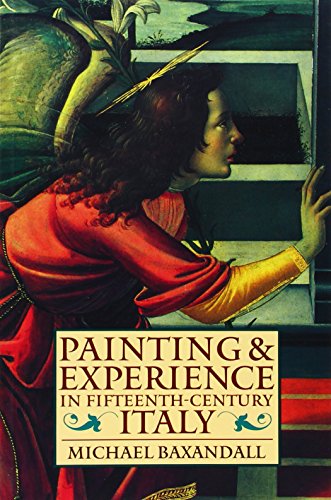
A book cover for Painting and Experience in Fifteenth-Century Italy: A Primer in the Social History of Pictorial Style (Oxford Paperbacks); Michael Baxandall; History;